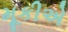
મૂકીએ